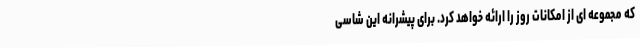
که مجموعه ای از امکانات روز را ارائه خواهد کرد. برای پیشرانه این شاسی